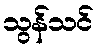
သွန်သင်